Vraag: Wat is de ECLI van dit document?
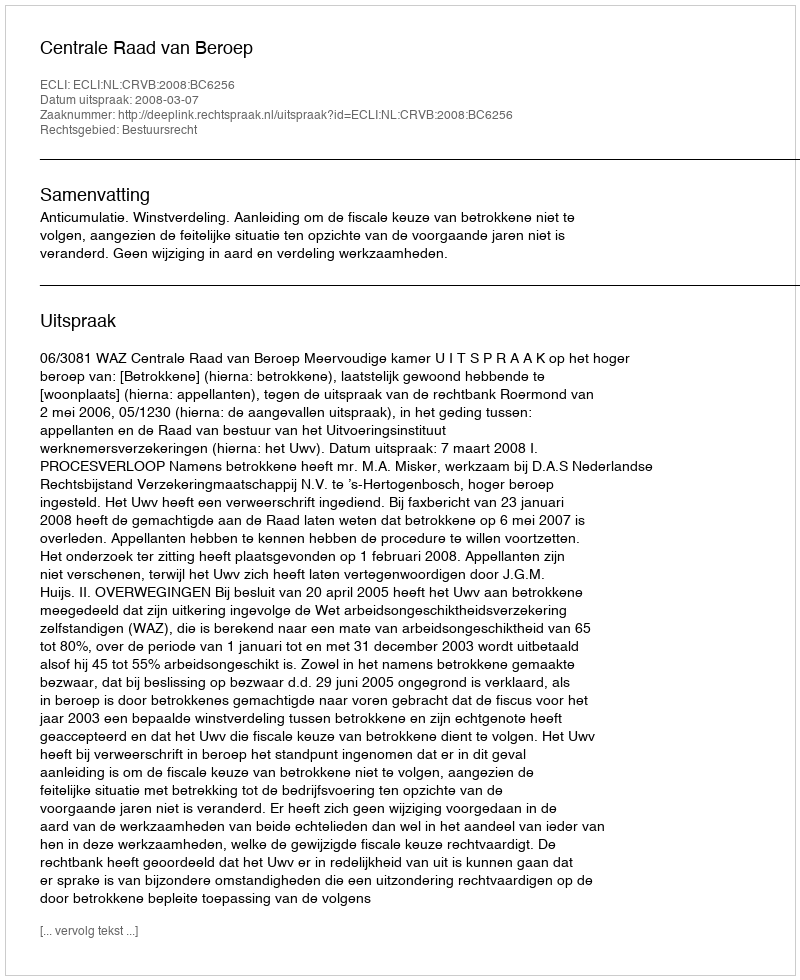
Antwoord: ECLI:NL:CRVB:2008:BC6256